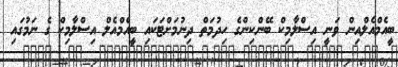
ބީއެމްއެލްއިން ވަނީ އިސްލާމިކް ބޭންކިންގެ ހިދުމަތް ދިނުމަށްޓަކައި ބީއެމްއެލް އިސްލާމިކް ގެ ނަމުގައި